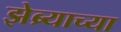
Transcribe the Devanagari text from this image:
झेब्र्याच्या